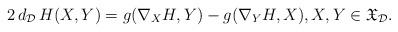
LaTeX: \begin{align*} 2\,d_{\cal D}\,H(X,Y)=g(\nabla_X H, Y)-g(\nabla_Y H, X),X,Y\in{\mathfrak X}_{\cal D}.\end{align*}